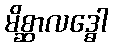
မိစ္ဆာလဒ္ဓေါ